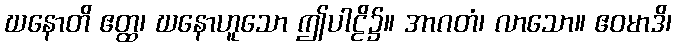
ဃနောတိ ဧတ္ထ၊ ဃနောဟူသော ဤပါဠိ၌။ အာဂတံ၊ လာသော။ ဧဝမာဒိ၊